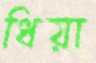
ধিয়া